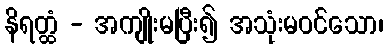
နိရတ္ထံ - အကျိုးမပြီး၍ အသုံးမဝင်သော၊